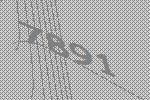
7891